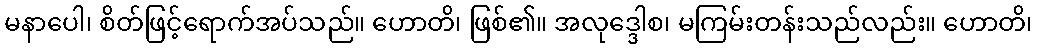
မနာပေါ၊ စိတ်ဖြင့်ရောက်အပ်သည်။ ဟောတိ၊ ဖြစ်၏။ အလုဒ္ဒေါစ၊ မကြမ်းတန်းသည်လည်း။ ဟောတိ၊